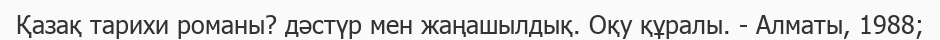
Қазақ тарихи романы? дәстүр мен жаңашылдық. Оқу құралы. - Алматы, 1988;